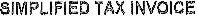
SIMPLIFIED TAX INVOICE